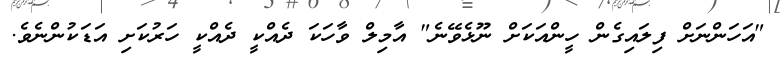
"އަހަންނަށް ފިލައިގެން ހީންއަކަށް ނޫޅެވޭނެ" އާމިލް ވާހަކަ ދެއްކީ ދެއްކީ ހަރުކަށި އަޑަކުންނެވެ.